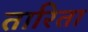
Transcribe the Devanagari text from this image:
तारिता